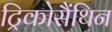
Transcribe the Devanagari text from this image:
ट्रिकोसैंथिन